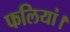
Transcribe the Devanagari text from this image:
फलियां।